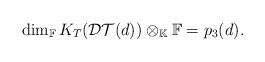
LaTeX: \begin{align*}\dim_{\mathbb{F}} K_T(\mathcal{DT}(d)) \otimes_{\mathbb{K}} \mathbb{F}=p_3(d). \end{align*}